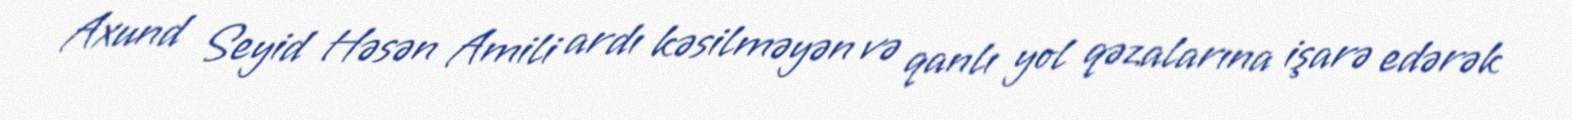
Axund Seyid Həsən Amili ardı kəsilməyən və qanlı yol qəzalarına işarə edərək